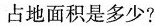
占地面积是多少?